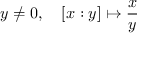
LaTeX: y \neq 0 , \quad [ x : y ] \mapsto { \frac { x } { y } }